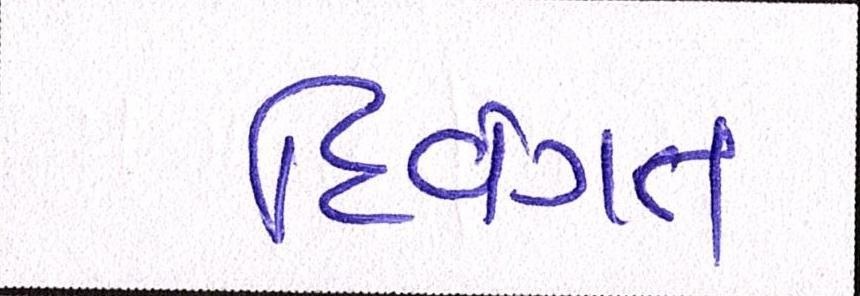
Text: દિવંગત